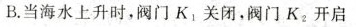
B.当海水上升时，阀门K_{1}关闭，阀门K_{2}开启